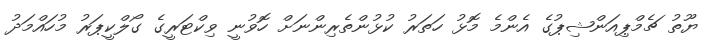
ޔޫތު ޗެމްޕިއަންޝިޕުގެ އެންމެ މޮޅު ހަތަރު ކުޅުންތެރިންނަށް ހޮވުނީ ވިކްޓަރީގެ ގޯލްކީޕަރު މުހައްމަދު